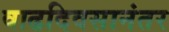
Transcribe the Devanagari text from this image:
वाढदिवसानंतर